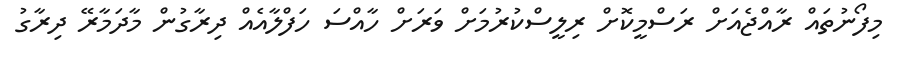
މިފޯނުތައް ރާއްޖެއަށް ރަސްމީކޮށް ރިލީސްކުރުމަށް ވަރަށް ހާއްސަ ހަފްލާއެއް ދިރާގުން މާދަމާރޭ ދިރާގު